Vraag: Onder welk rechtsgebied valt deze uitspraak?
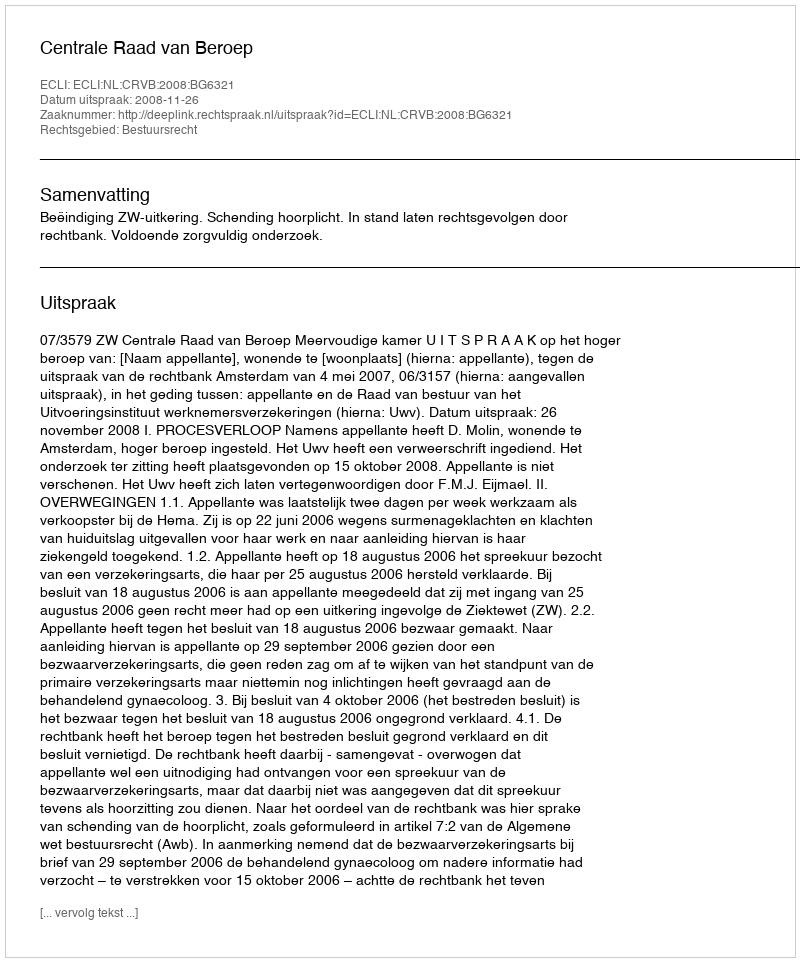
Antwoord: Bestuursrecht